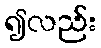
၍လည်း